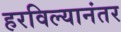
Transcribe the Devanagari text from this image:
हरविल्यानंतर